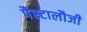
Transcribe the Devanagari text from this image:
पैस्टालौजी